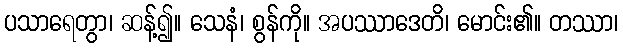
ပသာရေတွာ၊ ဆန့်၍။ သေနံ၊ စွန်ကို။ အပဿာဒေတိ၊ မောင်း၏။ တဿာ၊